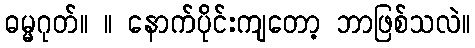
ဓမ္မဂုတ်။ ။ နောက်ပိုင်းကျတော့ ဘာဖြစ်သလဲ။